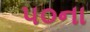
૫૦ના